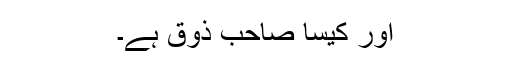
اور کیسا صاحب ذوق ہے۔